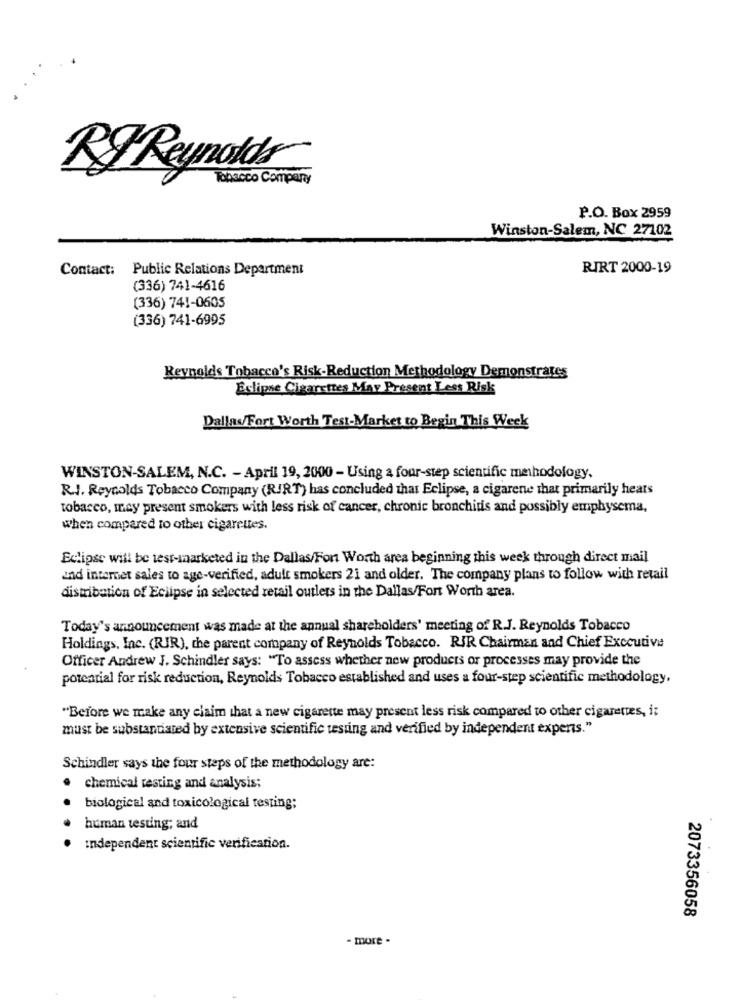
RF Reynolds
Tobacco Comparay
P.O. Box 2959
Winston-Salem, NC 27102
Contact:
Public Relations Department
RIRT 2000-19
(336) 741-4616
(336) 741-0605
(336) 741-6995
Reynolds Tobacco's Risk-Reduction Methodology Demonstrates
Eclipse Cigarettes May Present Less Risk
Dallas/Fort Worth Test-Market to Begin This Week
WINSTON-SALEM, N.C. - April 19, 2000 - Using a four-step scientific methodology.
R.J. Reynolds Tobacco Company (RJRT) has concluded that Eclipse, a cigarene that primarily hears
tobacco, mey present smokers with less risk of cancer, chronic bronchitis and possibly emphysema,
when compared to other cigarettes.
Eclipse will be test-marketed in the Dallas/Fort Worth area beginning this week through direct mail
und internet sales to age-verified, adult smokers 21 and older. The company plans to follow with retail
distribution of Eclipse in selected retail outlets in the Dallas/Fort Worth area.
Today's announcement was made at the annual shareholders' meeting of R.J. Reynolds Tobacco
Holdings, Inc. (RIR), the parent company of Reynolds Tobacco. RIR Chairman and Chief Executive
Officer Andrew J. Schindler says: "To assess whether new products or processes may provide the
potential for risk reduction, Reynolds Tobacco established and uses a four-step scientific methodology.
"Before we make any claim that a new cigarette may present less risk compared to other cigarettes, it
must be substantiated by extensive scientific testing and verified by independent experts."
Schindler says the four steps of the methodology are:
chemical testing and analysis;
biological and toxicological testing;
human testing; and
independent scientific verification.
2073356058
- more -